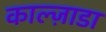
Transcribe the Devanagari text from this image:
काल्ज़ाडा